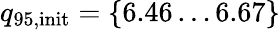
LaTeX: {q_{95,\mathrm{init}}=\{ 6.46\dots 6.67\} }